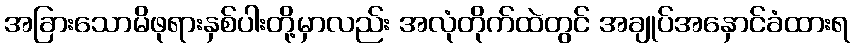
အခြားသောမိဖုရားနှစ်ပါးတို့မှာလည်း အလုံတိုက်ထဲတွင် အချုပ်အနှောင်ခံထားရ